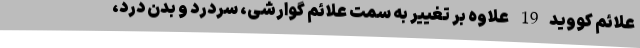
علائم کووید19 علاوه بر تغییر به سمت علائم گوارشی، سردرد و بدن درد،